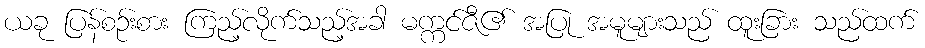
ယခု ပြန်စဉ်းစား ကြည့်လိုက်သည့်အခါ မက္ကင်ဇီ၏ အပြု အမူများသည် ထူးခြား သည်ထက်